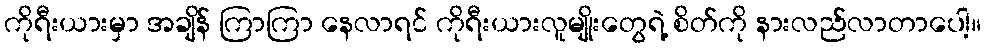
ကိုရီးယားမှာ အချိန် ကြာကြာ နေလာရင် ကိုရီးယားလူမျိုးတွေရဲ့ စိတ်ကို နားလည်လာတာပေါ့။